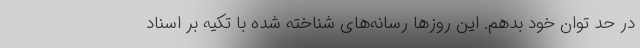
در حد توان خود بدهم. این روزها رسانه‌های شناخته شده با تکیه بر اسناد